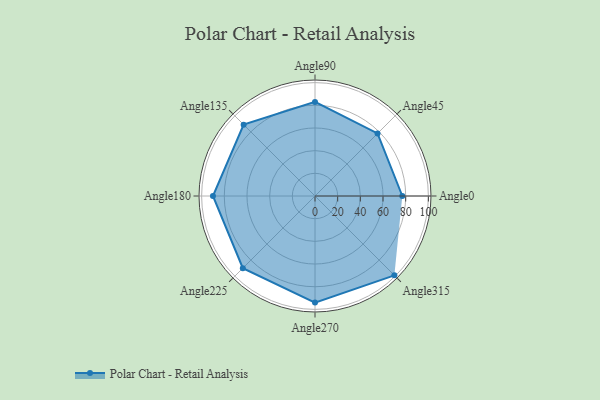
{"axis": {"x": "Angle", "y": "Radius"}, "legend": [""], "data": [{"x": "Angle0", "y": 77.0, "type": ""}, {"x": "Angle45", "y": 78.0, "type": ""}, {"x": "Angle90", "y": 83.0, "type": ""}, {"x": "Angle135", "y": 89.0, "type": ""}, {"x": "Angle180", "y": 90.0, "type": ""}, {"x": "Angle225", "y": 90.0, "type": ""}, {"x": "Angle270", "y": 94.0, "type": ""}, {"x": "Angle315", "y": 99.0, "type": ""}]}